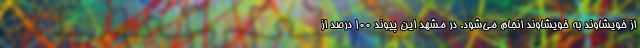
از خویشاوند به خویشاوند انجام می‌شود. در مشهد این پیوند ۱۰۰ درصد از